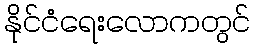
နိုင်ငံရေးလောကတွင်